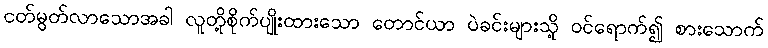
ငတ်မွတ်လာသောအခါ လူတို့စိုက်ပျိုးထားသော တောင်ယာ ပဲခင်းများသို့ ဝင်ရောက်၍ စားသောက်